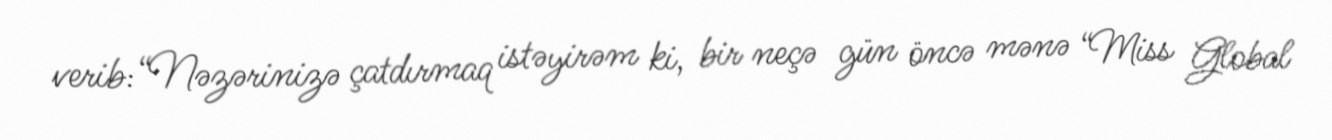
verib:“Nəzərinizə çatdırmaq istəyirəm ki, bir neçə gün öncə mənə “Miss Global